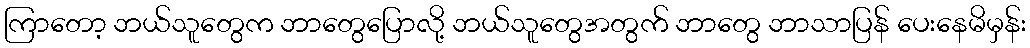
ကြာတော့ ဘယ်သူတွေက ဘာတွေပြောလို့ ဘယ်သူတွေအတွက် ဘာတွေ ဘာသာပြန် ပေးနေမိမှန်း